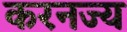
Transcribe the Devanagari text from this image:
करनज्य